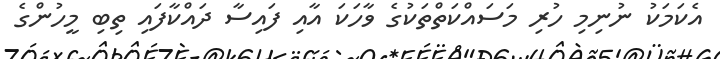
އެކަމަކު ނުނިމި ހުރި މަސައްކަތްތަކުގެ ވާހަކަ އާއި ފައިސާ ދައްކާފައި ތިބި މީހުންގެ